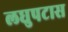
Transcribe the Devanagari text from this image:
लघुपटास